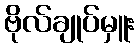
ဗိုလ်ချုပ်မှူး